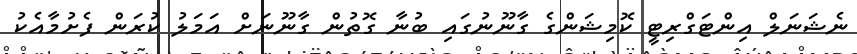
ނެޝަނަލް އިންޓަގްރިޓީ ކޮމިޝަންގެ ގާނޫނުގައި ބުނާ ގޮތުން ގާނޫނަށް އަމަލު ކުރަން ފެށުމާއެކު